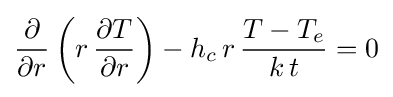
{\frac {\partial }{\partial r}}\left(r\,{\frac {\partial T}{\partial r}}\right)-h_{c}\,r\,{\frac {T-T_{e}}{k\,t}}=0